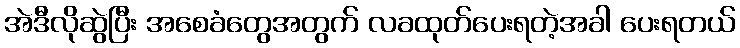
အဲဒီလိုဆွဲပြီး အစေခံတွေအတွက် လခထုတ်ပေးရတဲ့အခါ ပေးရတယ်